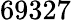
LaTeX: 69327